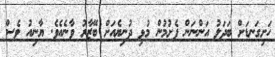
ހަށިގަނޑަށް ބަދަލު އަންނަން ފެށުމުން މުޅި ދުނިޔެއަށް ބޭޒާރު ވާނެއެވެ. ޔާނިއު ވެސް